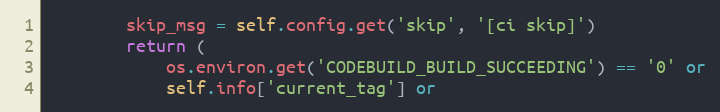
Language: Python
        skip_msg = self.config.get('skip', '[ci skip]')
        return (
            os.environ.get('CODEBUILD_BUILD_SUCCEEDING') == '0' or
            self.info['current_tag'] or